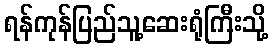
ရန်ကုန်ပြည်သူ့ဆေးရုံကြီးသို့